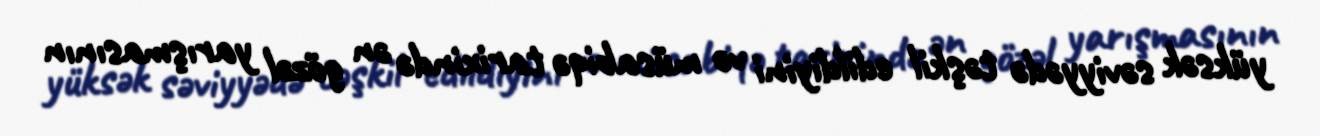
yüksək səviyyədə təşkil edildiyini və müsabiqə tarixində ən gözəl yarışmasının